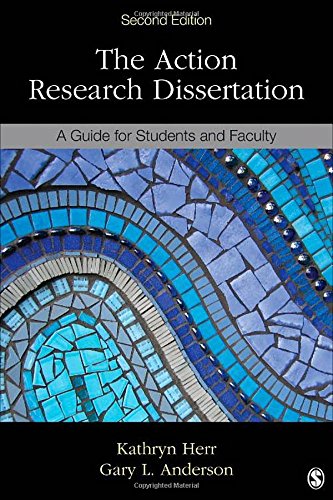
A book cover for The Action Research Dissertation: A Guide for Students and Faculty; Kathryn G. Herr; Politics & Social Sciences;